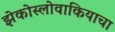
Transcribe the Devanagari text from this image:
झेकोस्लोवाकियाचा